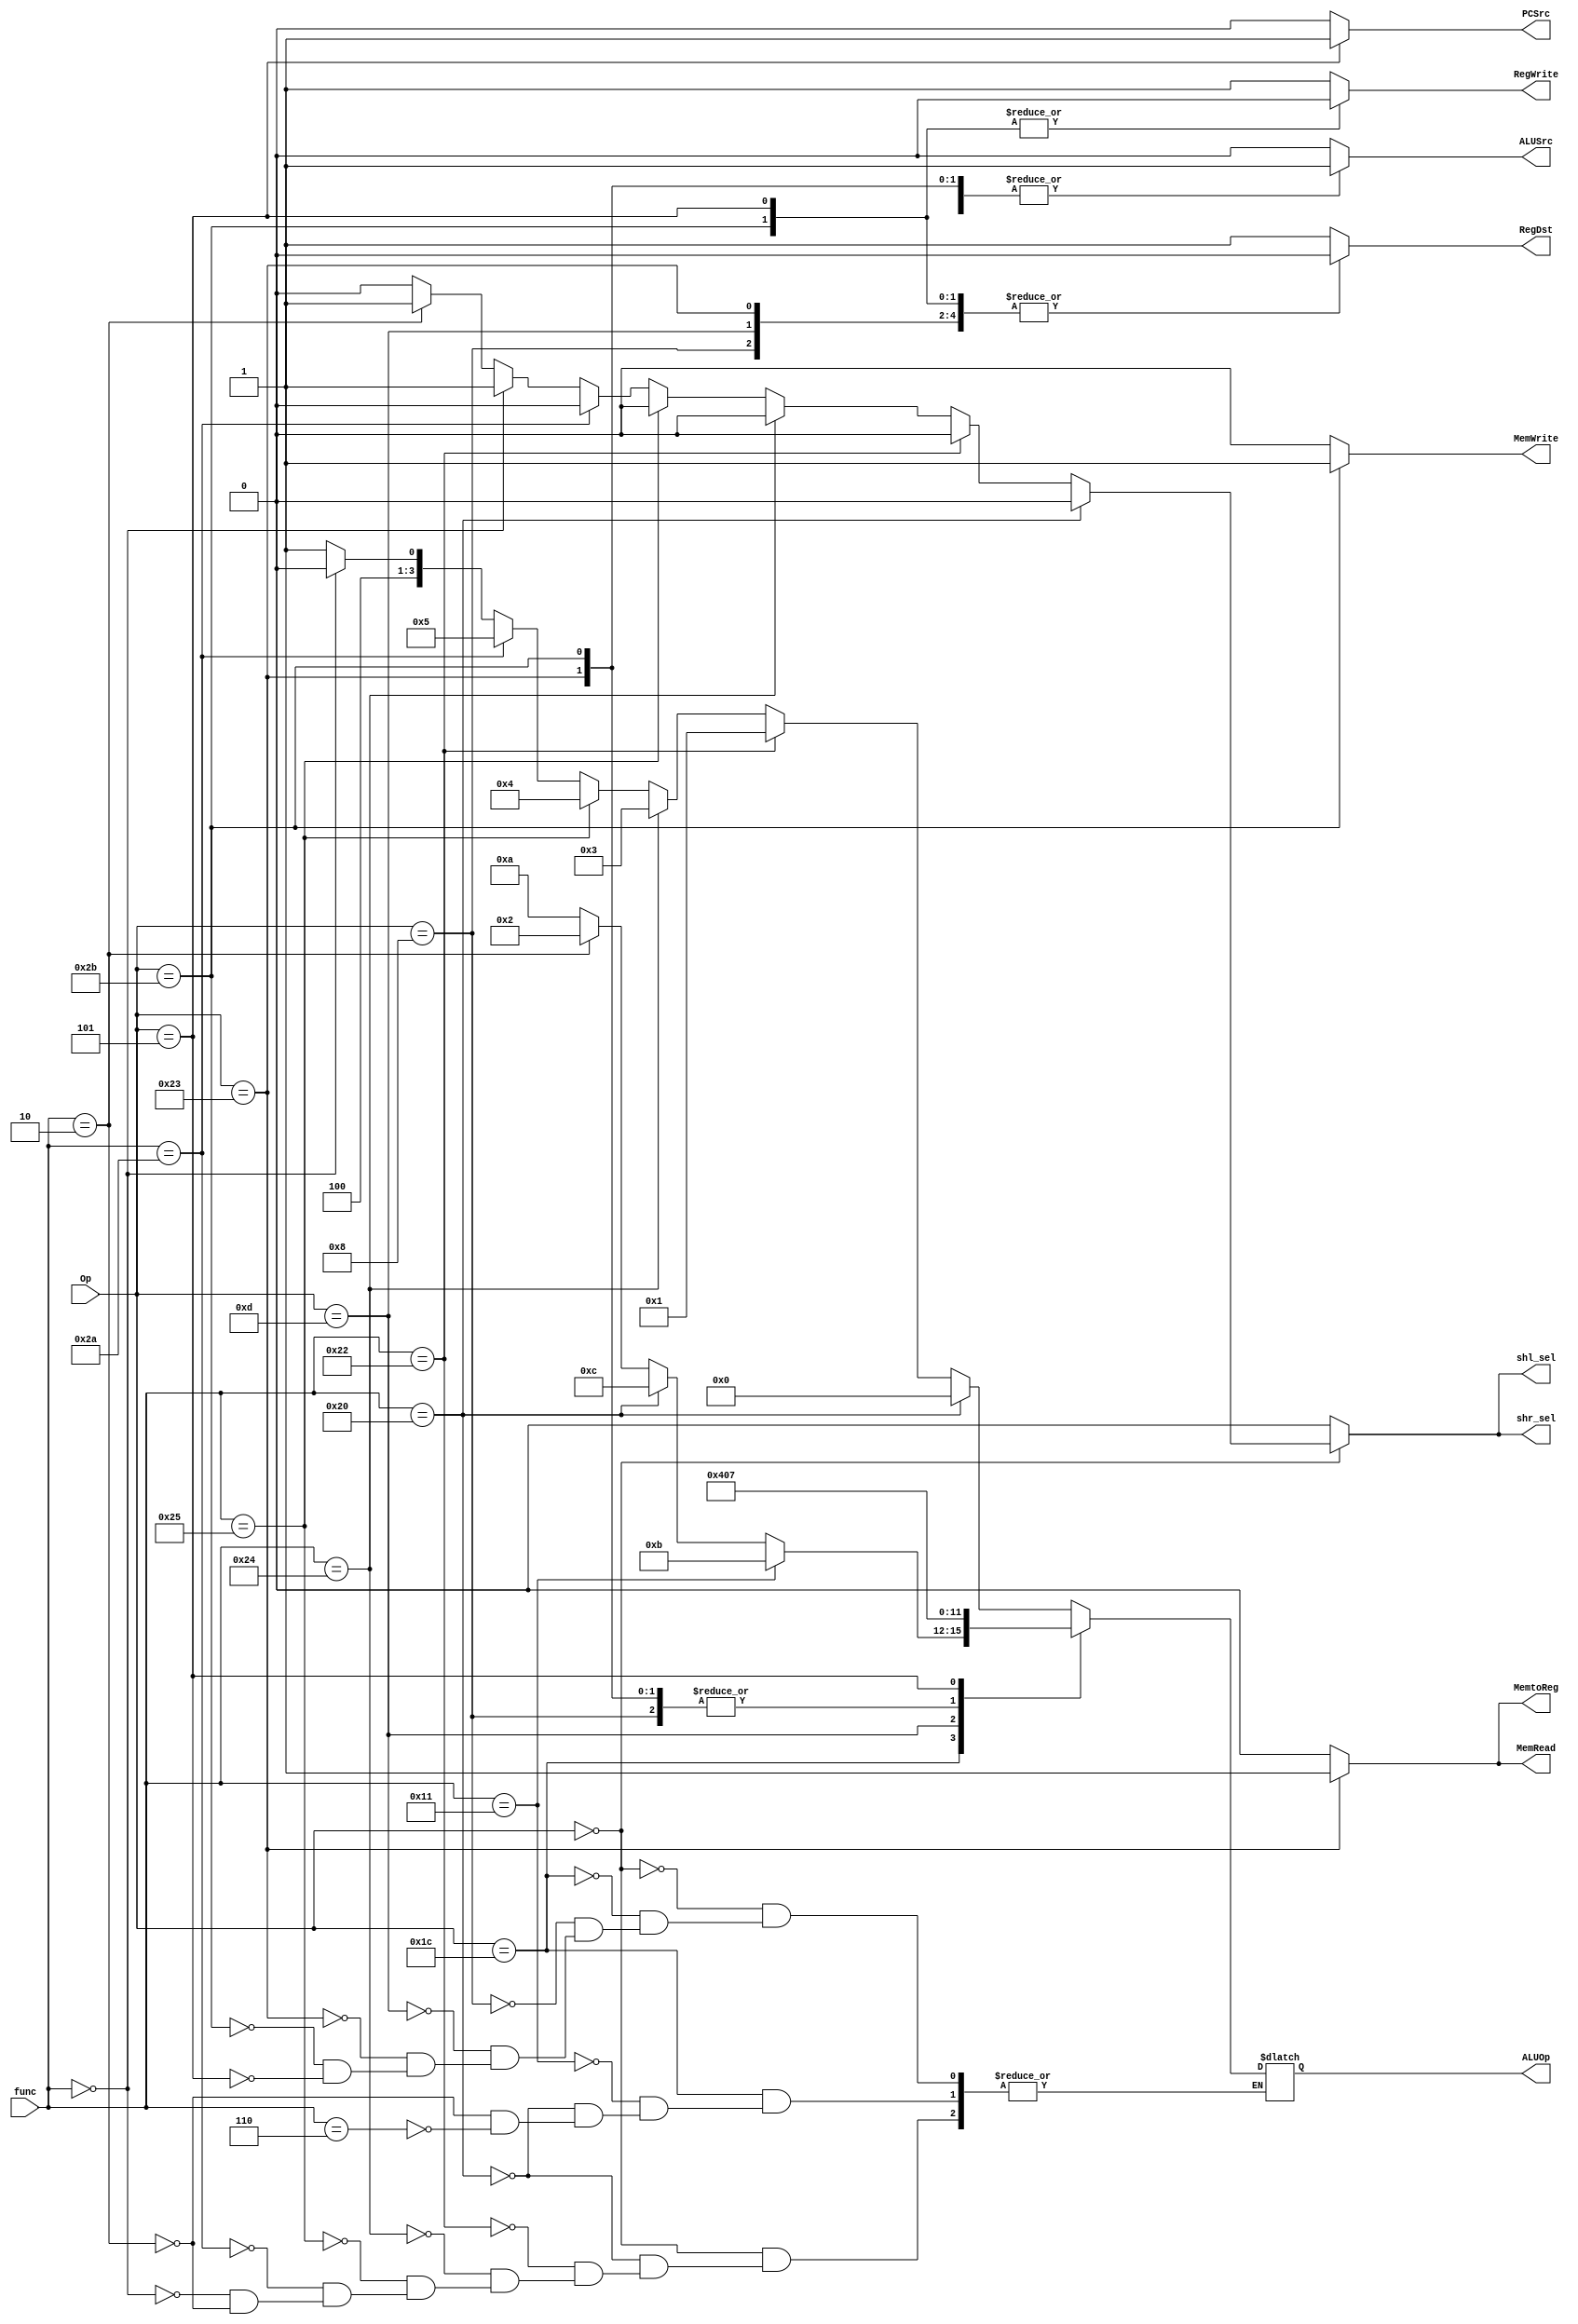
module Controller(Op, func, RegDst, RegWrite, ALUSrc, MemRead, MemWrite, MemtoReg, PCSrc, ALUOp, shl_sel, shr_sel);
	input [5:0] Op;
	input [5:0] func;
	//input [31:0] ALU_Result;
	output reg RegDst, RegWrite, ALUSrc, MemRead, MemWrite, MemtoReg, PCSrc, shl_sel, shr_sel;
	output reg [3:0] ALUOp;
	
    always @* begin
	   ALUSrc <= 0;
	   RegDst <= 1;
	   RegWrite <= 1;
	   MemRead <= 0;
	   MemWrite <= 0;
	   MemtoReg <= 0;
	   PCSrc <= 0;
	   shl_sel <= 0;
	   shr_sel <= 0;

	   case(Op)
			6'b00000000: begin
				// ADD
				if(func == 6'b100000) begin
					ALUOp <= 4'b0000;
					shl_sel <= 0;
                    shr_sel <= 0;
				end

				// SUB
				else if(func == 6'b100010) begin
					ALUOp <= 4'b0001;
				end

				// AND
				else if(func == 6'b100100) begin
					ALUOp <= 4'b0011;
				end

				// ORR
				else if(func == 6'b100101) begin
					ALUOp <= 4'b0100;
				end

				// SLT
				else if(func == 6'b101010) begin
					ALUOp <= 4'b0101;
				end

				// SLL
				else if(func == 6'b000000) begin
					ALUOp <= 4'b1000;
					shl_sel <= 1;
					shr_sel <= 1;
				end

				// SRL	
				else if(func == 6'b000010) begin
					ALUOp <= 4'b1001;
					shl_sel <= 1;
					shr_sel <= 1;
				end
				
			end

			6'b011100: begin

				// CL1
				if(func == 6'b10001) begin
					ALUOp <= 4'b1011;
				end

				// CLZ
				else if(func == 6'b100000) begin
					ALUOp <= 4'b1100;
				end

				// MUL
				else if(func == 6'b000010) begin
					ALUOp <= 4'b0010;
				end

				// ROT
				else if(func == 6'b000110) begin
					ALUOp <= 4'b1010;
				end

			end

			6'b001000: begin
				ALUSrc <= 1;
				RegDst <= 0;
				ALUOp <= 4'b0000;
			end

			6'b001101: begin
				ALUSrc <= 1;
				RegDst <= 0;
				ALUOp <= 4'b0100;
			end
			
            // lw	Load word
            6'b100011: begin
            RegDst <= 0;
            RegWrite <= 1;
            ALUSrc <= 1;
            ALUOp <= 4'b0000;
            MemRead <= 1;
            MemWrite <= 0;
            MemtoReg <= 1;
            PCSrc <= 0;
            shl_sel <= 0;
            shr_sel <= 0;
            end
            
            // sw    Store word
            6'b101011: begin
            RegDst <= 0;
            RegWrite <= 0;
            ALUSrc <= 1;
            ALUOp <= 4'b0000;
            MemRead  <= 0;
            MemWrite <= 1;
            MemtoReg <= 0;
            PCSrc <= 0;
            //    0 -> B; 1 -> A
            end
            
            // bne    branch if not equal to
            6'b000101: begin
            RegDst <= 0;
            RegWrite <= 0;
            ALUSrc <= 0;
            ALUOp <= 4'b0111;
            MemRead <= 0;
            MemWrite <= 0;
            MemtoReg <= 0;
            PCSrc <= 1;
            //    0 -> B; 1 -> A
            end
		    default: begin 
		    end
		endcase
		end		    
endmodule